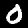
Label: 0